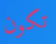
تكون